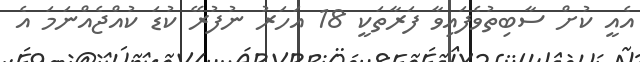
އެއީ ކުށް ސާބިތުވެފައިވާ ފަރާތަކީ 18 އަހަރު ނުފުރޭ ކުޑަ ކުއްޖެއްނަމަ އެ